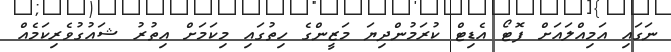
ނަގައި އަމިއްލައަށް ފޮޓޯ އެޑިޓް ކުރަމުންދިޔަ މަޒީންގެ ހިތުގައި މިކަމަށް އިތުރު ޝައުގުވެރިކަމެއް